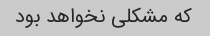
که مشکلی نخواهد بود